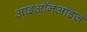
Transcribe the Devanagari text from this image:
आइऑनआइज़